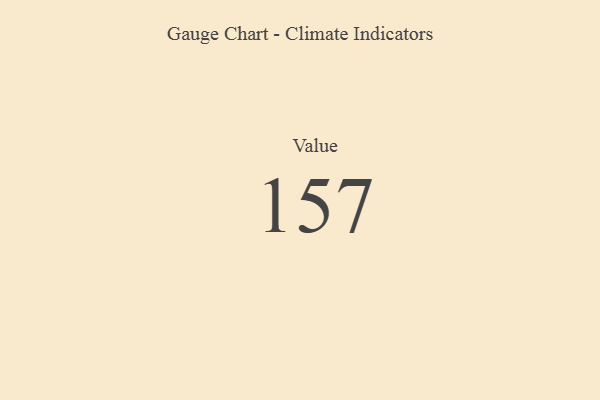
{"axis": {"x": "Metric", "y": "Value"}, "legend": [""], "data": [{"x": "Value", "y": 157, "type": ""}]}